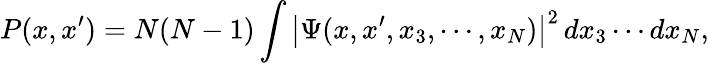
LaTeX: P(x,x^{\prime})=N(N-1)\int\left|\Psi(x,x^{\prime},x_{3},\cdots,x_{N})\right|^{2}\, dx_{3}\cdots dx_{N},